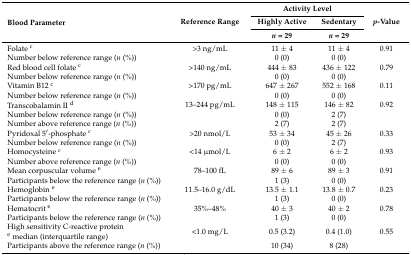
| <ROWSPAN=3> Blood Parameter | <ROWSPAN=3> Reference Range | <COLSPAN=2> Activity Level | <ROWSPAN=3> p-Value |
 | Highly Active | Sedentary |
 | n = 29 | n = 29 |
 | --- | --- | --- | --- | --- |
 | Folate c | >3 ng/mL | 11 ± 4 | 11 ± 4 | 0.91 |
 | Number below reference range (n (%)) |  | 0 (0) | 0 (0) |  |
 | Red blood cell folate c | >140 ng/mL | 444 ± 83 | 436 ± 122 | 0.79 |
 | Number below reference range (n (%)) |  | 0 (0) | 0 (0) |  |
 | Vitamin B12 c | >170 pg/mL | 647 ± 267 | 552 ± 168 | 0.11 |
 | Number below reference range (n (%)) |  | 0 (0) | 0 (0) |  |
 | Transcobalamin II d | 13–244 pg/mL | 148 ± 115 | 146 ± 82 | 0.92 |
 | Number below reference range (n (%)) |  | 0 (0) | 2 (7) |  |
 | Number above reference range (n (%)) |  | 2 (7) | 2 (7) |  |
 | Pyridoxal 5′-phosphate c | >20 nmol/L | 53 ± 34 | 45 ± 26 | 0.33 |
 | Number below reference range (n (%)) |  | 0 (0) | 2 (7) |  |
 | Homocysteine c | <14 μmol/L | 6 ± 2 | 6 ± 2 | 0.93 |
 | Number above reference range (n (%)) |  | 0 (0) | 0 (0) |  |
 | Mean corpuscular volume e | 78–100 fL | 89 ± 6 | 89 ± 3 | 0.91 |
 | Participants below the reference range (n (%)) |  | 1 (3) | 0 (0) |  |
 | Hemoglobin e | 11.5–16.0 g/dL | 13.5 ± 1.1 | 13.8 ± 0.7 | 0.23 |
 | Participants below the reference range (n (%)) |  | 1 (3) | 0 (0) |  |
 | Hematocrit e | 35%–48% | 40 ± 3 | 40 ± 2 | 0.78 |
 | Participants below the reference range (n (%)) |  | 1 (3) | 0 (0) |  |
 | High sensitivity C-reactive protein e median (interquartile range) | <1.0 mg/L | 0.5 (3.2) | 0.4 (1.0) | 0.55 |
 | Participants above the reference range (n (%)) |  | 10 (34) | 8 (28) |  |